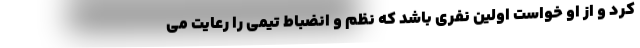
کرد و از او خواست اولین نفری باشد که نظم و انضباط تیمی را رعایت می